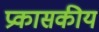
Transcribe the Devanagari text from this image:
प्रकासकीय